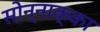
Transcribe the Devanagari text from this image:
सोन्नाक्का